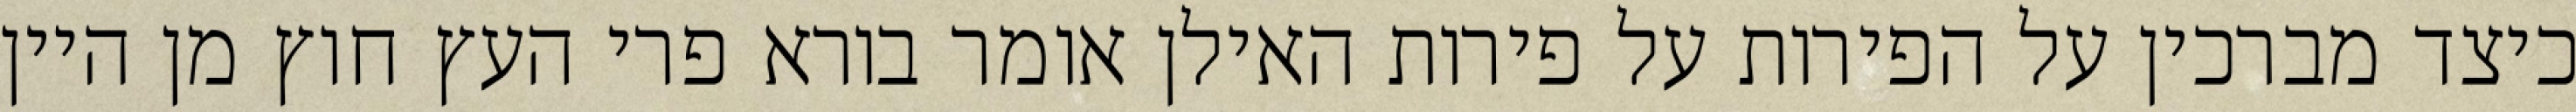
כיצד מברכין על הפירות על פירות האילן אומר בורא פרי העץ חוץ מן היין